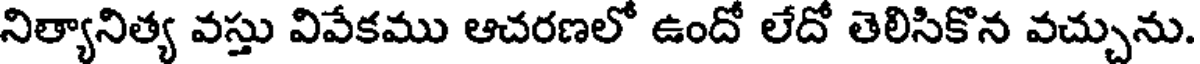
నిత్యానిత్య వస్తు వివేకము ఆచరణలో ఉందో లేదో తెలిసికొన వచ్చును.